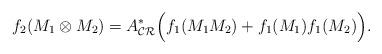
LaTeX: \begin{align*}f_2 (M_1 \otimes M_2) = A^*_{\mathcal{CR}} \Big( f_1 (M_1 M_2) + f_1 (M_1) f_1 (M_2) \Big).\end{align*}